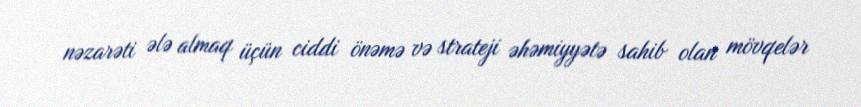
nəzarəti ələ almaq üçün ciddi önəmə və strateji əhəmiyyətə sahib olan mövqelər